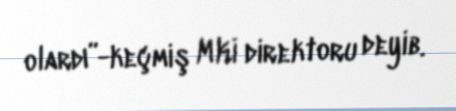
olardı”-keçmiş MKİ direktoru deyib.